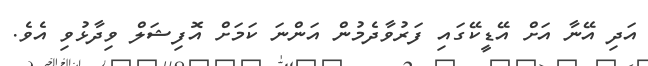
އަދި އޭނާ އަށް އޭޑީކޭގައި ފަރުވާދެމުން އަންނަ ކަމަށް އޮފިޝަލް ވިދާޅުވި އެވެ.